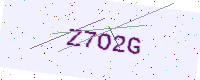
Text: Z7O2G